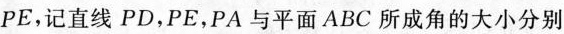
P E$$，记直线PD，PE，PA与平面ABC所成角的大小分别